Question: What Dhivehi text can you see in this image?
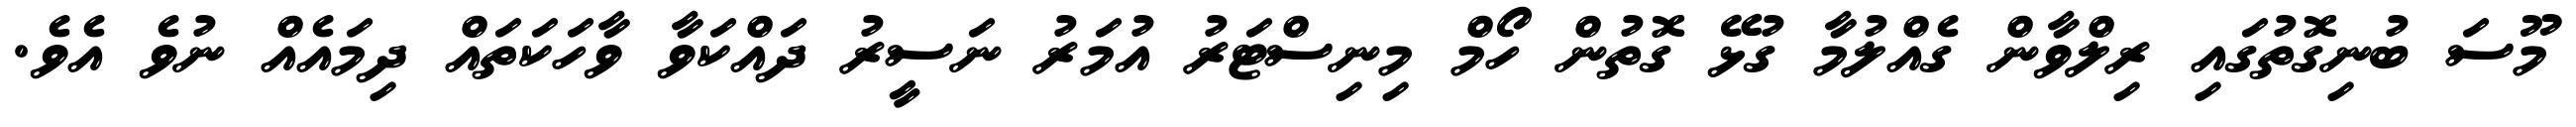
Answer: މޫސަ ބުނިގޮތުގައި ރިލްވާން ގެއްލުމާ ގުޅޭ ގޮތުން ހޯމް މިނިސްޓަރު އުމަރު ނަސީރު ދައްކަވާ ވާހަކަތައް ދިމައެއް ނުވެ އެވެ.